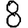
Digit: 8